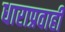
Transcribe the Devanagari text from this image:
धाराप्रवाही